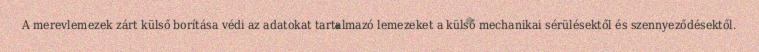
A merevlemezek zárt külső borítása védi az adatokat tartalmazó lemezeket a külső mechanikai sérülésektől és szennyeződésektől.